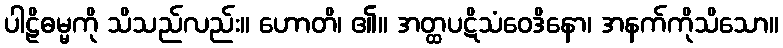
ပါဠိဓမ္မကို သိသည်လည်း။ ဟောတိ၊ ၏။ အတ္ထပဋိသံဝေဒိနော၊ အနက်ကိုသိသော။